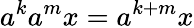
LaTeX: a^{k}a^{m}x=a^{k+m}x